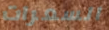
السعرات